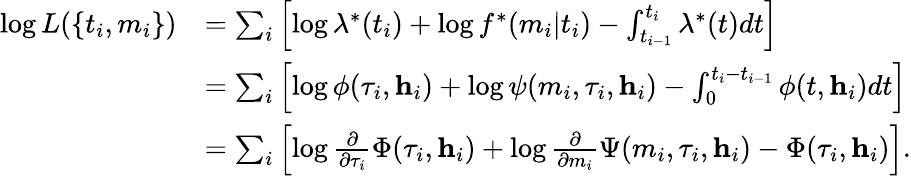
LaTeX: \begin{array}{rl}{\log L(\{ t_{i},m_{i}\} )}&{=\sum_{i}\left[\log\lambda^{*}(t_{i})+\log f^{*}(m_{i}|t_{i})-\int_{t_{i-1}}^{t_{i}}\lambda^{*}(t)dt\right]}\\ &{=\sum_{i}\left[\log\phi(\tau_{i},\textbf{h}_{i})+\log\psi(m_{i},\tau_{i},\textbf{h}_{i})-\int_{0}^{t_{i}-t_{i-1}}\phi(t,\textbf{h}_{i})dt\right]}\\ &{=\sum_{i}\left[\log\frac{\partial}{\partial\tau_{i}}\Phi(\tau_{i},\textbf{h}_{i})+\log\frac{\partial}{\partial m_{i}}\Psi(m_{i},\tau_{i},\textbf{h}_{i})-\Phi(\tau_{i},\textbf{h}_{i})\right].}\end{array}